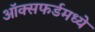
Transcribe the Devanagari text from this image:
ऑक्सफर्डमध्ये